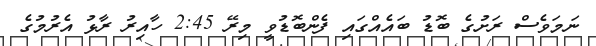
ނަމަވެސް ރަށުގެ ބޮޑު ބައެއްގައި ފެންބޮޑުވީ މިރޭ 2:45 ހާއިރު ރާޅު އެރުމުގެ